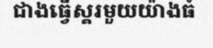
ជាងធ្វើស្គរមួយយ៉ាងធំ